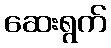
ဆေးရွက်